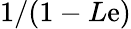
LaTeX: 1/(1-L\mathrm{e})